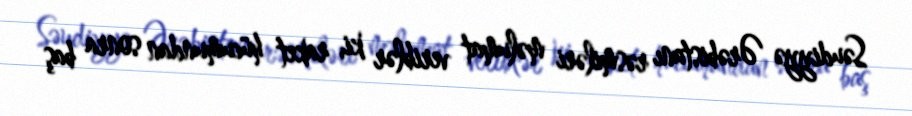
Səudiyyə Ərəbistanı rəsmiləri məlumat veriblər ki, raket hücumundan sonra baş